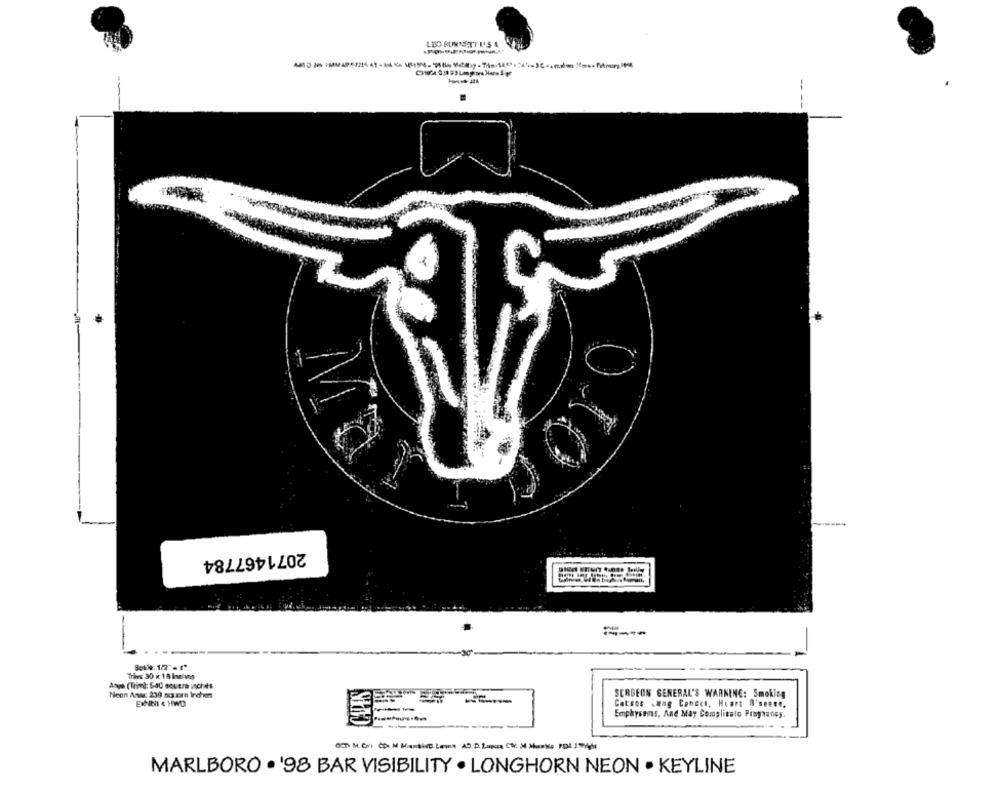
LEO KUNNATI'U'S &
--
2071467784
----
Trines 30 x 18 Ingives
Anya (Tried: 640 soutra viches
Neon Anu: 239 xca zan Irchen
SURGEON GENERAL'S WARNING: Smoking
ExNNt 4 HWD
Catsos .wag Conect, Heart D'seene,
Emphysans, And May Complicato Pregnancy.
MARLBORO . '98 BAR VISIBILITY . LONGHORN NEON . KEYLINE